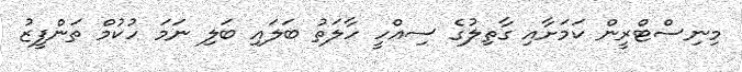
މިނިސްޓްރީން ކަމަށާއި ގާތިލުގެ ސިއްހީ ހާލަތު ބަލައި ބަލި ނަމަ ހުކުމް ތަންފީޒު